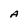
Character: A